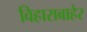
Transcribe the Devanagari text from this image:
विहाराबाहेर